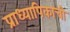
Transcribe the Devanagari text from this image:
प्राध्यापिकाची